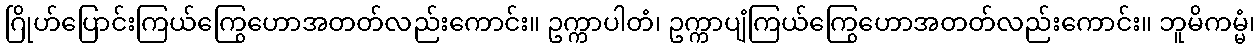
ဂြိုဟ်ပြောင်းကြယ်ကြွေဟောအတတ်လည်းကောင်း။ ဥက္ကာပါတံ၊ ဥက္ကာပျံကြယ်ကြွေဟောအတတ်လည်းကောင်း။ ဘူမိကမ္မံ၊